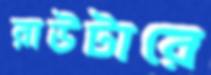
রাউটারে